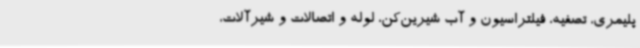
پلیمری، تصفیه، فیلتراسیون و آب شیرین‌کن، لوله و اتصالات و شیرآلات،